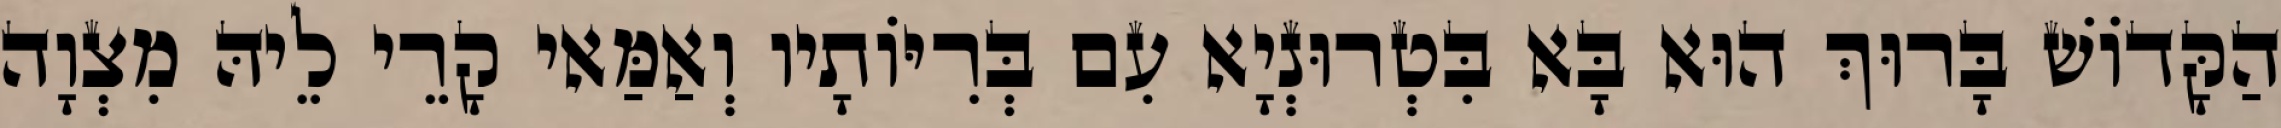
הַקָּדוֹשׁ בָּרוּךְ הוּא בָּא בִּטְרוּנְיָא עִם בְּרִיּוֹתָיו וְאַמַּאי קָרֵי לֵיהּ מִצְוָה